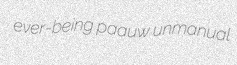
ever-being paauw unmanual